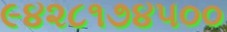
૯૪૨૮૧૭૪૫૦૦